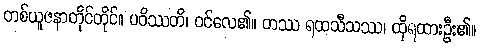
တစ်ယူဇနာတိုင်တိုင်။ ပဝိဿတိ၊ ဝင်လေ၏။ တဿ ရထသီသဿ၊ ထိုရထားဦး၏။